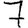
Digit: 7